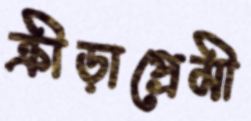
ক্রীড়াপ্রেমী